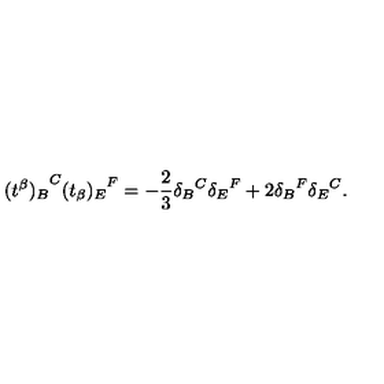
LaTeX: { ( t ^ { \beta } ) _ { B } } ^ { C } { ( t _ { \beta } ) _ { E } } ^ { F } = - \frac { 2 } { 3 } { \delta _ { B } } ^ { C } { \delta _ { E } } ^ { F } + 2 { \delta _ { B } } ^ { F } { \delta _ { E } } ^ { C } .